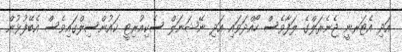
އަދި އެޓަރނީ ޖެނެރަލްގެ ލަފާވެސް ހޯއްދަވައި އަދި ނޭޝަނަލް ސެކިއުރިޓީ ކައުންސިލްގައިވެސް އެބޭފުޅުން